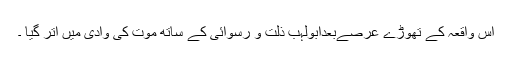
اس واقعہ کے تھوڑے عرصےبعدابولہب ذلت و رسوائی کے ساتھ موت کی وادی میں اتر گیا ۔